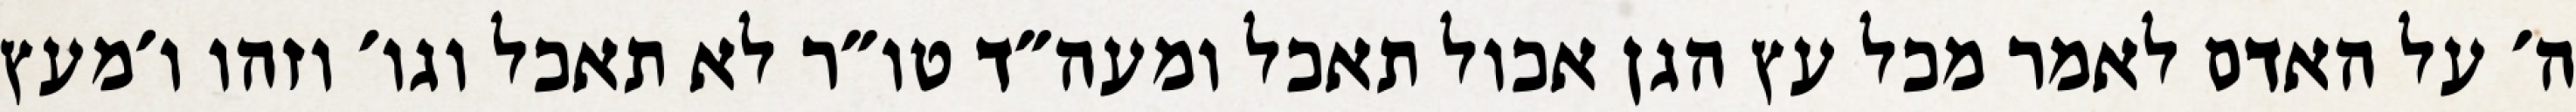
ה׳ על האדם לאמר מכל עץ הגן אכול תאכל ומעה״ד טו״ר לא תאכל וגו׳ וזהו ו׳מעץ